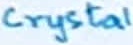
Text: Crystal